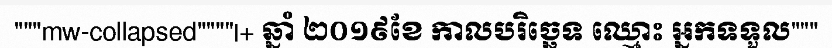
"""mw-collapsed""""|+ ឆ្នាំ ២០១៩ខែ កាលបរិច្ឆេទ ឈ្មោះ អ្នកទទួល"""